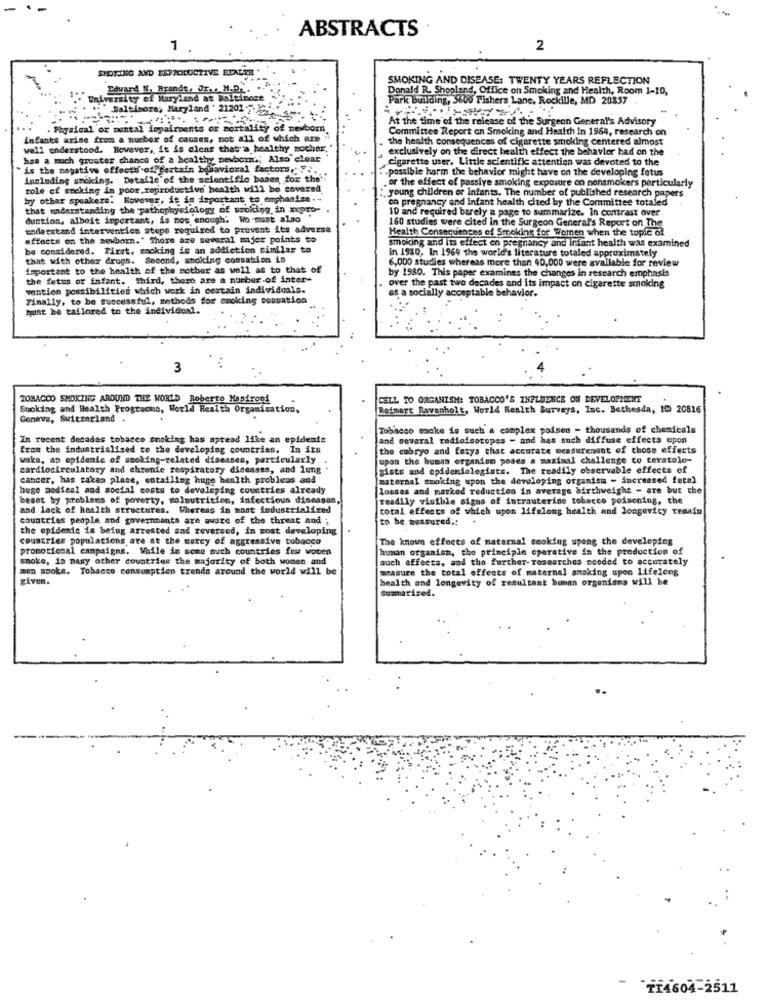
ABSTRACTS
1
2
SMOKING AND REPRODUCTIVE EDALER
SMOKING AND DISEASE: TWENTY YEARS REFLECTION
Edvard N. Brandt, JE. : M.D ...
Donald R. Shopland, Office on Smoking and Health, Room 1-10,
University of Maryland at Baltimore
Park Building, 3600 Fishers Lane, Rockille, MD 20357
Baltimore, Maryland . 21201 2℃
At the time of the release of the Surgeon General's Advisory
. Physical or mental impairments ox mortality of newborni
Committee Report on Smoking and Health In 1964, research on
infants arise from a number of causes, not all of which are
the health consequences of cigarette smoking centered almost
well understood. However, it is clear that a healthy mocher,
exclusively on the direct health effect the behavior had on the
has a much greater chance of a healthy pewborn .; Also clear
cigarette user. Little scientific attention was devoted to the
is the negative effecty-of certain behavioral factor, " ..
-possible harm the behavior might have on the developing fetus
Annieding smoking. Detalle of the scientific baads for the'"
or the effect of passive smoking expostire on nonsmokers particularly
role of smoking in poor reproductive health will be covered
:young children or Infants. The number of published research papers
by other speakers. However, it is important to emphasize .-
on pregnancy and Infant health cited by the Committee totaled
that mderstanding the pathophysiology of wroking, in xepro-
10 and required barely a page to summarize. In contrast over
duction, albeit important, is not enough' Wo munt alno
understand intervention steps required to prevent its adverse
160 studies were cited in the Surgeon General's Report on The
Health Consequences of Smoking for Women when the topfe of
effects on the newborn." There are several major points to
smoking and its effect on pregnancy and infant health was examined
be considered. First, smoking is an addiction similar to
In 1930, In 1964 the world's literature totaled approximately
that with other drugs. Second, whoking comsation is
6,000 studies whereas more than 40,000 were available for review
important to the health of the mother as well as to that of
by 1980. This paper examines the changes in research emphasis
the fetus of infant. Third, there are a number of inter-
vention possibilities which work in certain individuals.
over the past two decades and its impact on cigarette smoking
as a socially acceptable behavior.
Finally, to be successful, methods for smoking cessation
Must he tailored to the individual.
3
TOBACCO SMOKING AROUND THE WORLD Roberto Hasiroof
CELL TO ORGANISM: TOBACCO'S INFLUENCE ON DEVELOPMENT
Stoking and Health Prograone, World Health Organization,
Beimart Ravanholt, World Health Surveys, Inc. Bethesda, 10 20816
Conave, Switzerland .
Tobacco make is such a complex poison - thousands of chemicals
In recent decades tobacco smoking has spread like an epidemie
and several radioisotopes - and has such diffuse effects upon
from the industrialised to the developing countries. In its
the embryo and fetys that accurate measurement of those effects
waka, ap epidemie of smoking-related diseases, particularly
upon the busan organion poses a maximal challenge co teratolo-
cardiocirculatory and chronic respiratory diseases, and lung
giste and epidemiologiats. The readily observable effects of
cancer, has taken place, entailing huge health problems and
maternal smoking upon the developing organism - increased fetal
huge medical and social costs to developing countries already
losses and marked reduction in average birthweight - are but the
beset by problems of poverty, malnutrition, infectious diseases,
readily visible signs of intrauterine tobacco poisoning, the
and lack of health structures. Whereas in mont industrialized
total effects of which upon lifelong health and longevity remain
countries people and governnants are aware of the threat and
to be measured .:
the epidemic is being arrested and reversed, in most developing
countries populations are at the mercy of aggressive tobacco
The known effects of maternal smoking upong the developing
promotional campaigns. Walle in some such countries fes wonen
human organism, the principle operative in the production of
smoke, in many other countries the majority of both women and
such effects, and the further- rosearches needed to accurately
men smoke. Tobacco consumption trends around the world will be
measure the total effects of maternal smoking upon lifelong
given.
health and longevity of resultant honon organisms will be
Summarized.
TI4604-2511